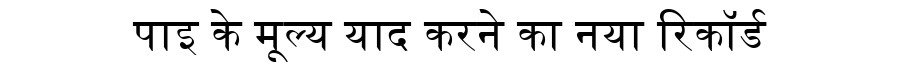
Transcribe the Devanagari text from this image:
पाइ के मूल्य याद करने का नया रिकॉर्ड